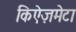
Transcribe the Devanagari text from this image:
किऐज़मेटा